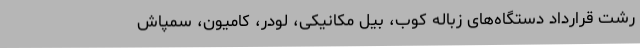
رشت قرارداد دستگاه‌های زباله کوب، بیل مکانیکی، لودر، کامیون، سمپاش